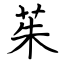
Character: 茱